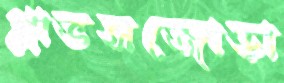
গ্লাভসজোড়া